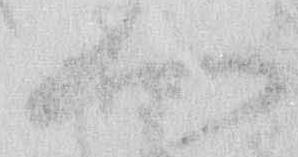
へ